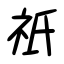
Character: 祇